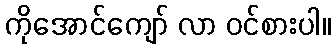
ကိုအောင်ကျော် လာ ဝင်စားပါ။